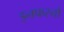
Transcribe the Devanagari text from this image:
इनफरनो